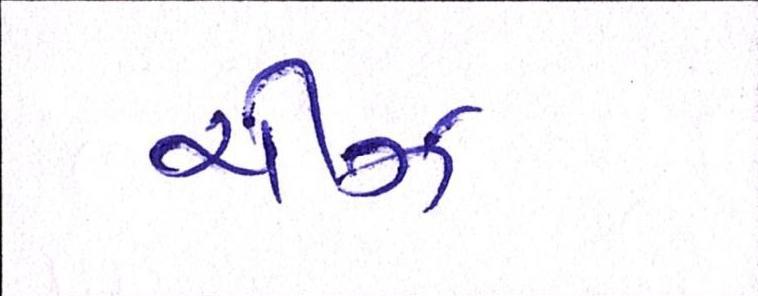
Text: ચીઝ